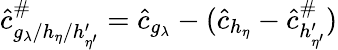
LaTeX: \hat{c}_{g_{\lambda}/h_{\eta}/h_{\eta^{\prime}}^{\prime}}^{\# }=\hat{c}_{g_{\lambda}}-(\hat{c}_{h_{\eta}}-\hat{c}_{h_{\eta^{\prime}}^{\prime}}^{\# })